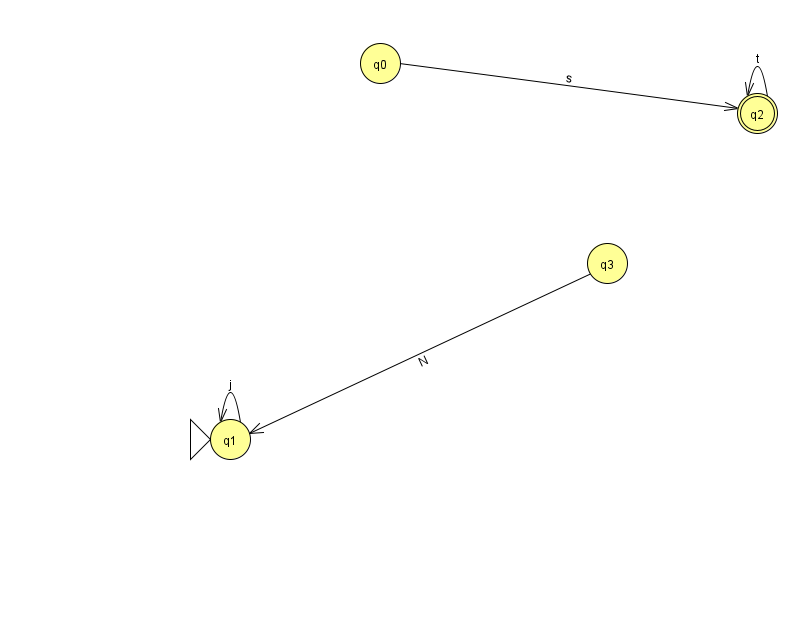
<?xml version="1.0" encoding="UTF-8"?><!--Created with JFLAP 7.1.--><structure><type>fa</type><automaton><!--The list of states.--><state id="0" name="q0"><x>380.0</x><y>50.0</y></state><state id="1" name="q1"><x>230.0</x><y>426.0</y><initial/></state><state id="2" name="q2"><x>757.0</x><y>100.0</y><final/></state><state id="3" name="q3"><x>607.0</x><y>250.0</y></state><!--The list of transitions.--><transition><from>3</from><to>1</to><read>N</read></transition><transition><from>2</from><to>2</to><read>t</read></transition><transition><from>0</from><to>2</to><read>s</read></transition><transition><from>1</from><to>1</to><read>j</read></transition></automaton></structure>